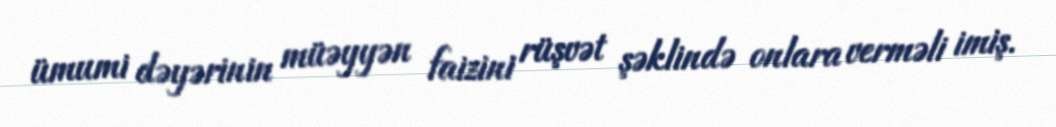
ümumi dəyərinin müəyyən faizini rüşvət şəklində onlara verməli imiş.